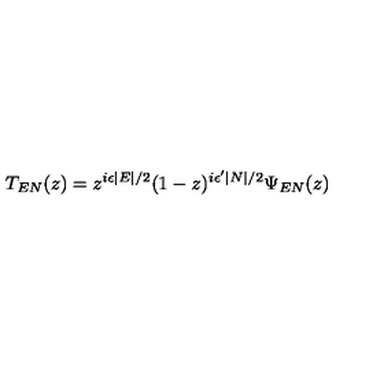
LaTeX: T _ { E N } ( z ) = z ^ { i \epsilon \mid E \mid / 2 } ( 1 - z ) ^ { i \epsilon ^ { \prime } \mid N \mid / 2 } \Psi _ { E N } ( z )